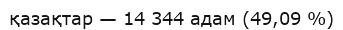
қазақтар — 14 344 адам (49,09 %)